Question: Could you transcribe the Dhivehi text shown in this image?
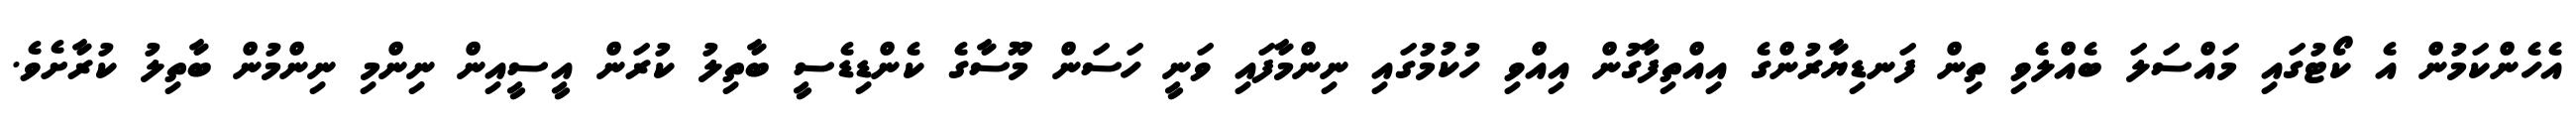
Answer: އެހެންކަމުން އެ ކޯޓުގައި މައްސަލަ ބެއްލެވި ތިން ފަނޑިޔާރުންގެ އިއްތިފާގުން އިއްވި ހުކުމުގައި ނިންމާފައި ވަނީ ހަސަން މޫސާގެ ކެންޑިޑެސީ ބާތިލު ކުރަން އީސީއިން ނިންމި ނިންމުން ބާތިލު ކުރާށެވެ.